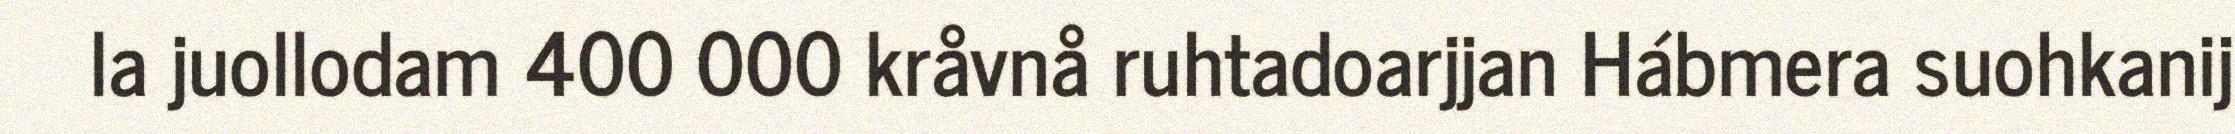
la juollodam 400 000 kråvnå ruhtadoarjjan Hábmera suohkanij